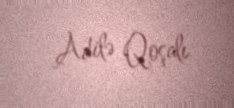
Adilə Qoşalı